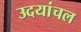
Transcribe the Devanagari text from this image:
उदयांचल